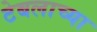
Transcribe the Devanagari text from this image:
टेबलाच्या